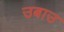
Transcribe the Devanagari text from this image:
उबाउ